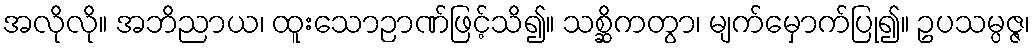
အလိုလို။ အဘိညာယ၊ ထူးသောဉာဏ်ဖြင့်သိ၍။ သစ္ဆိကတွာ၊ မျက်မှောက်ပြု၍။ ဥပသမ္ပဇ္ဇ၊